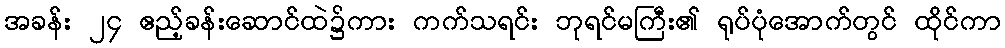
အခန်း ၂၄ ဧည့်ခန်းဆောင်ထဲ၌ကား ကက်သရင်း ဘုရင်မကြီး၏ ရုပ်ပုံအောက်တွင် ထိုင်ကာ